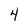
Character: 4